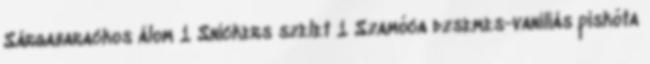
Sárgabarackos álom 1 Snickers szelet 1 Szamóca dzsemes-vaníliás piskóta